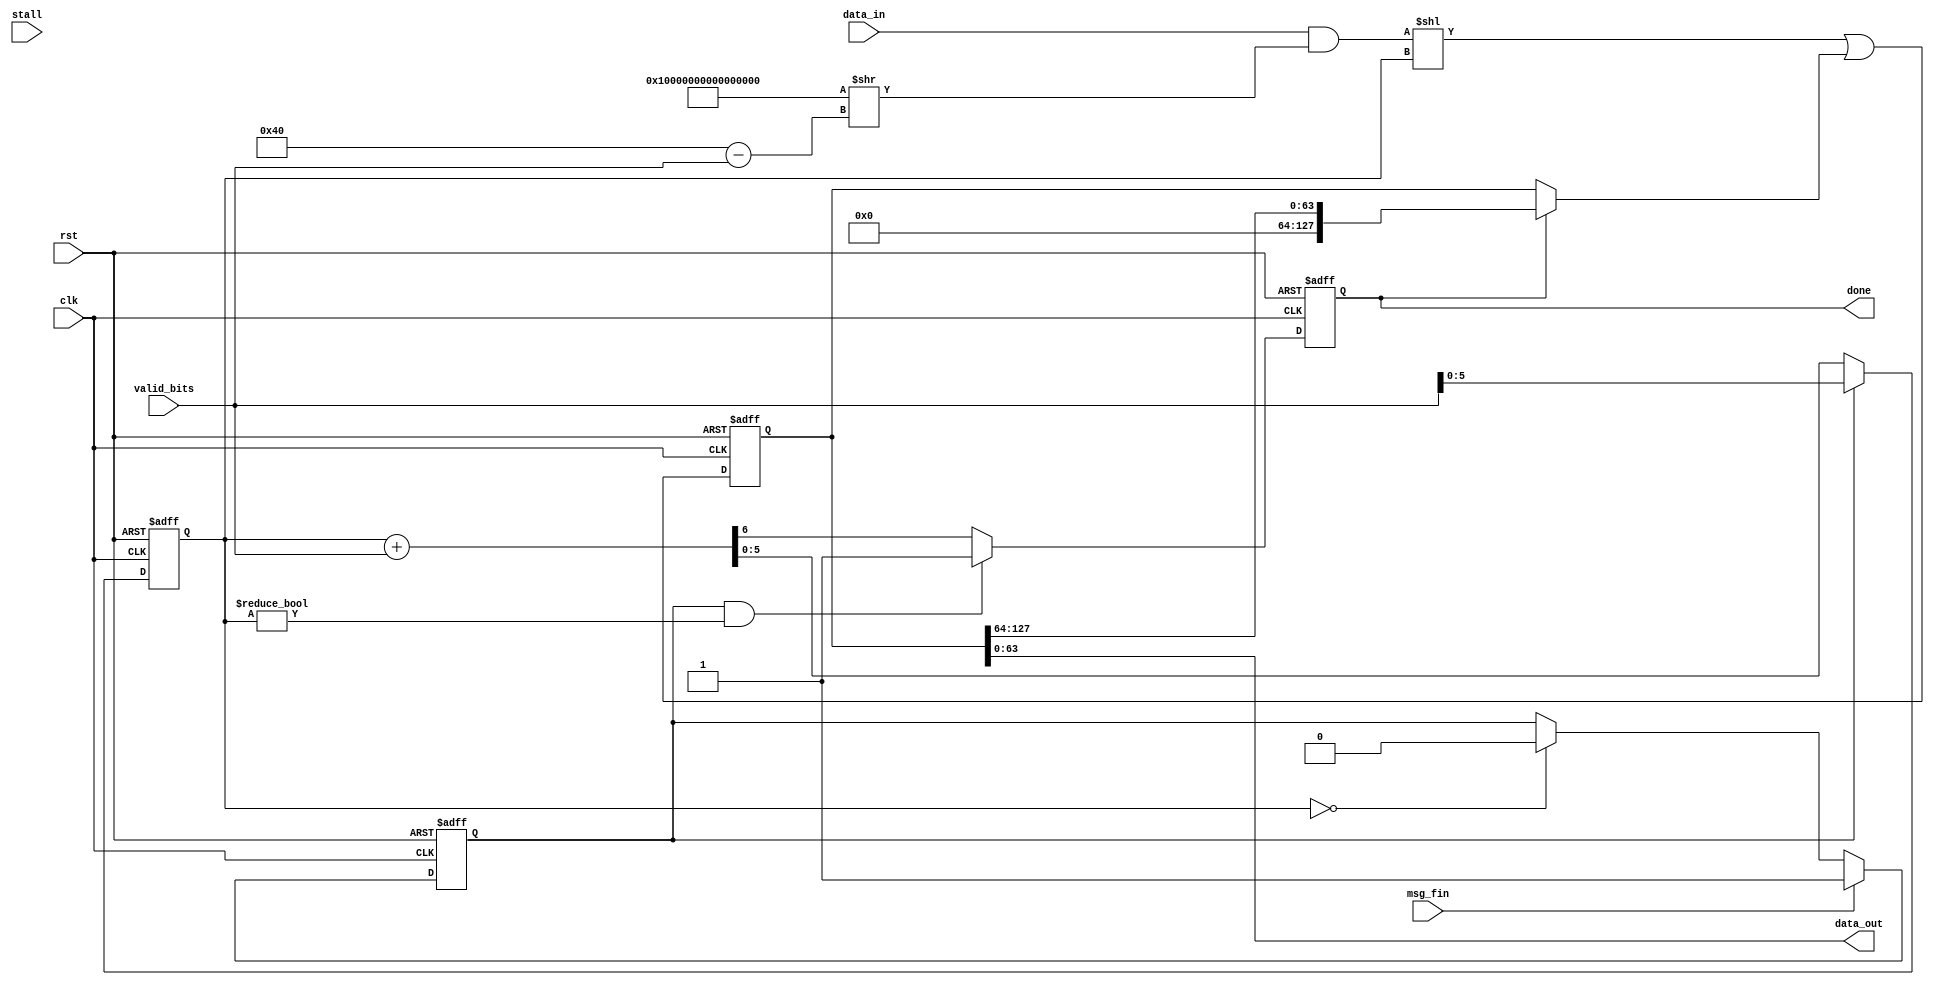
// Shift concatenation module
// ==============================
// Takes inputs of various lengths from 1 to 64 bits (data_in) 
//    and "stacks" those inputs into 64 bit segments (data_out)
// ==============================

`timescale 1 ns/ 1 ps

module shift_concat(clk, rst, stall, data_in,  valid_bits, msg_fin, data_out, done);
  input clk;
  input rst;
  input stall;
  
  input [63:0] data_in;       	// Data to "shift concatenate"
  input [6:0] valid_bits;     		// Indicates number of valid bits in a particular input
  input msg_fin;              		// Indicates for the module to output remaining data regardless of completeness 
  
  output done;               // Indicates to subsequent modules that the output is valid
  output [63:0] data_out;     // Data output
  

  reg [127:0] concatReg;     	// Register for "stacking" input segments
  reg [5:0] totalValidBits; 			// Indicates the number of valid bits in the least significant 64 bits ot the concat_reg            
	reg msgFinReg;								// Record whether a message done signal has been sent
  
	wire [127:0] shiftedZeroFilledInput;	// Shifted and zero fill input
	wire [127:0] ordInputWithPrevious;  // Value of or'd and processed previous value
	wire [127:0] previous;										// processed previous value
	wire [127:0] shiftedConcatReg;				// shifted concat_reg
	reg overflow;  															// Overflow signal for valid addition
	wire [6:0] validAddition;									// Addition of previous and new valid bits
	wire [63:0] maskedInput	;								// Input with non-valid bits changed to 0 to avoid rare bugs
	
	// Drive shiftedZeroFilledInput
	assign shiftedZeroFilledInput = (maskedInput	 << totalValidBits);
	//
	
	// Drive ordInputWithPrevious
	assign ordInputWithPrevious = shiftedZeroFilledInput | previous;
	//
	
	// Drive previous 
	assign previous = (overflow)? shiftedConcatReg : concatReg;
	//		
	
	// Drive shiftedConcatReg
	assign shiftedConcatReg = (concatReg >> 7'd64);
	//
	
	// Drive validAddition
	assign validAddition = ({1'b0,totalValidBits} + valid_bits);
	//
	
	// Drive masked input
	assign maskedInput	= data_in & ( 64'hffffffffffffffff >> (7'd64 - valid_bits));
	//
	
	// Drive done
	assign done = overflow;
	//		
	
	// Drive data_out
	assign data_out = concatReg[63:0];
	//
	
	// Drive concatReg
	always@(posedge clk, negedge rst) begin
    if( ~rst ) begin
			concatReg <= 128'd0;
		end else begin
			concatReg <= ordInputWithPrevious;
		end
  end
  //
	
	// Drive totalValidBits
	always@(posedge clk, negedge rst) begin
    if( ~rst ) begin
			totalValidBits <= 6'd0;
		end else if(msgFinReg) begin
			totalValidBits <= valid_bits[5:0];
		end else begin
			totalValidBits <= validAddition[5:0];
		end
  end
  //

	
	// Drive overflow
	always@(posedge clk, negedge rst) begin
    if( ~rst ) begin
			overflow <= 1'd0;
		end else if(msgFinReg && totalValidBits != 6'd0) begin
			overflow <= 1'b1;
		end else begin
			overflow <= validAddition[6];
		end
  end
  //
	
	// Drive msgFinReg
	always@(posedge clk, negedge rst) begin
    if( ~rst ) begin
			msgFinReg <= 1'd0;
		end else if (msg_fin) begin
			msgFinReg <= 1'b1;
		end else if (totalValidBits == 6'd0) begin
			msgFinReg <= 1'd0;
		end else begin
			msgFinReg <= msgFinReg ;
		end
  end
	//
	
	
endmodule